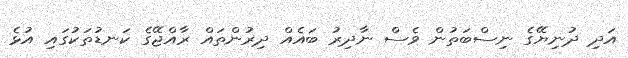
އަދި ދުނިޔޭގެ ނިސްބަތުން ވެސް ނާދިރު ބައެއް ދިރުންތައް ރާއްޖޭގެ ކަނޑުތަކުގައި އުޅެ